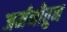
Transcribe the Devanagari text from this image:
जर्मनीतुन